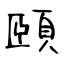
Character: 頤